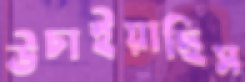
উচাইয়াছিস